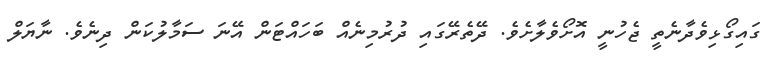
ގައިގޯޅިވެދާނެތީ ޖެހުނީ އޮށޯވެލާށެވެ. ދޭތެރޭގައި ދުރުމިނެއް ބަހައްޓަން އޭނަ ސަމާލުކަން ދިނެވެ. ނާޔަލް